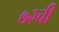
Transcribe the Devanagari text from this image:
७२ची